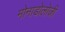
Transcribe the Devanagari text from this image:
मोनाडोलोजी